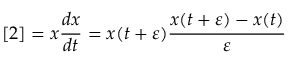
[ 2 ] = x { \frac { d x } { d t } } = x ( t + \varepsilon ) { \frac { x ( t + \varepsilon ) - x ( t ) } { \varepsilon } }